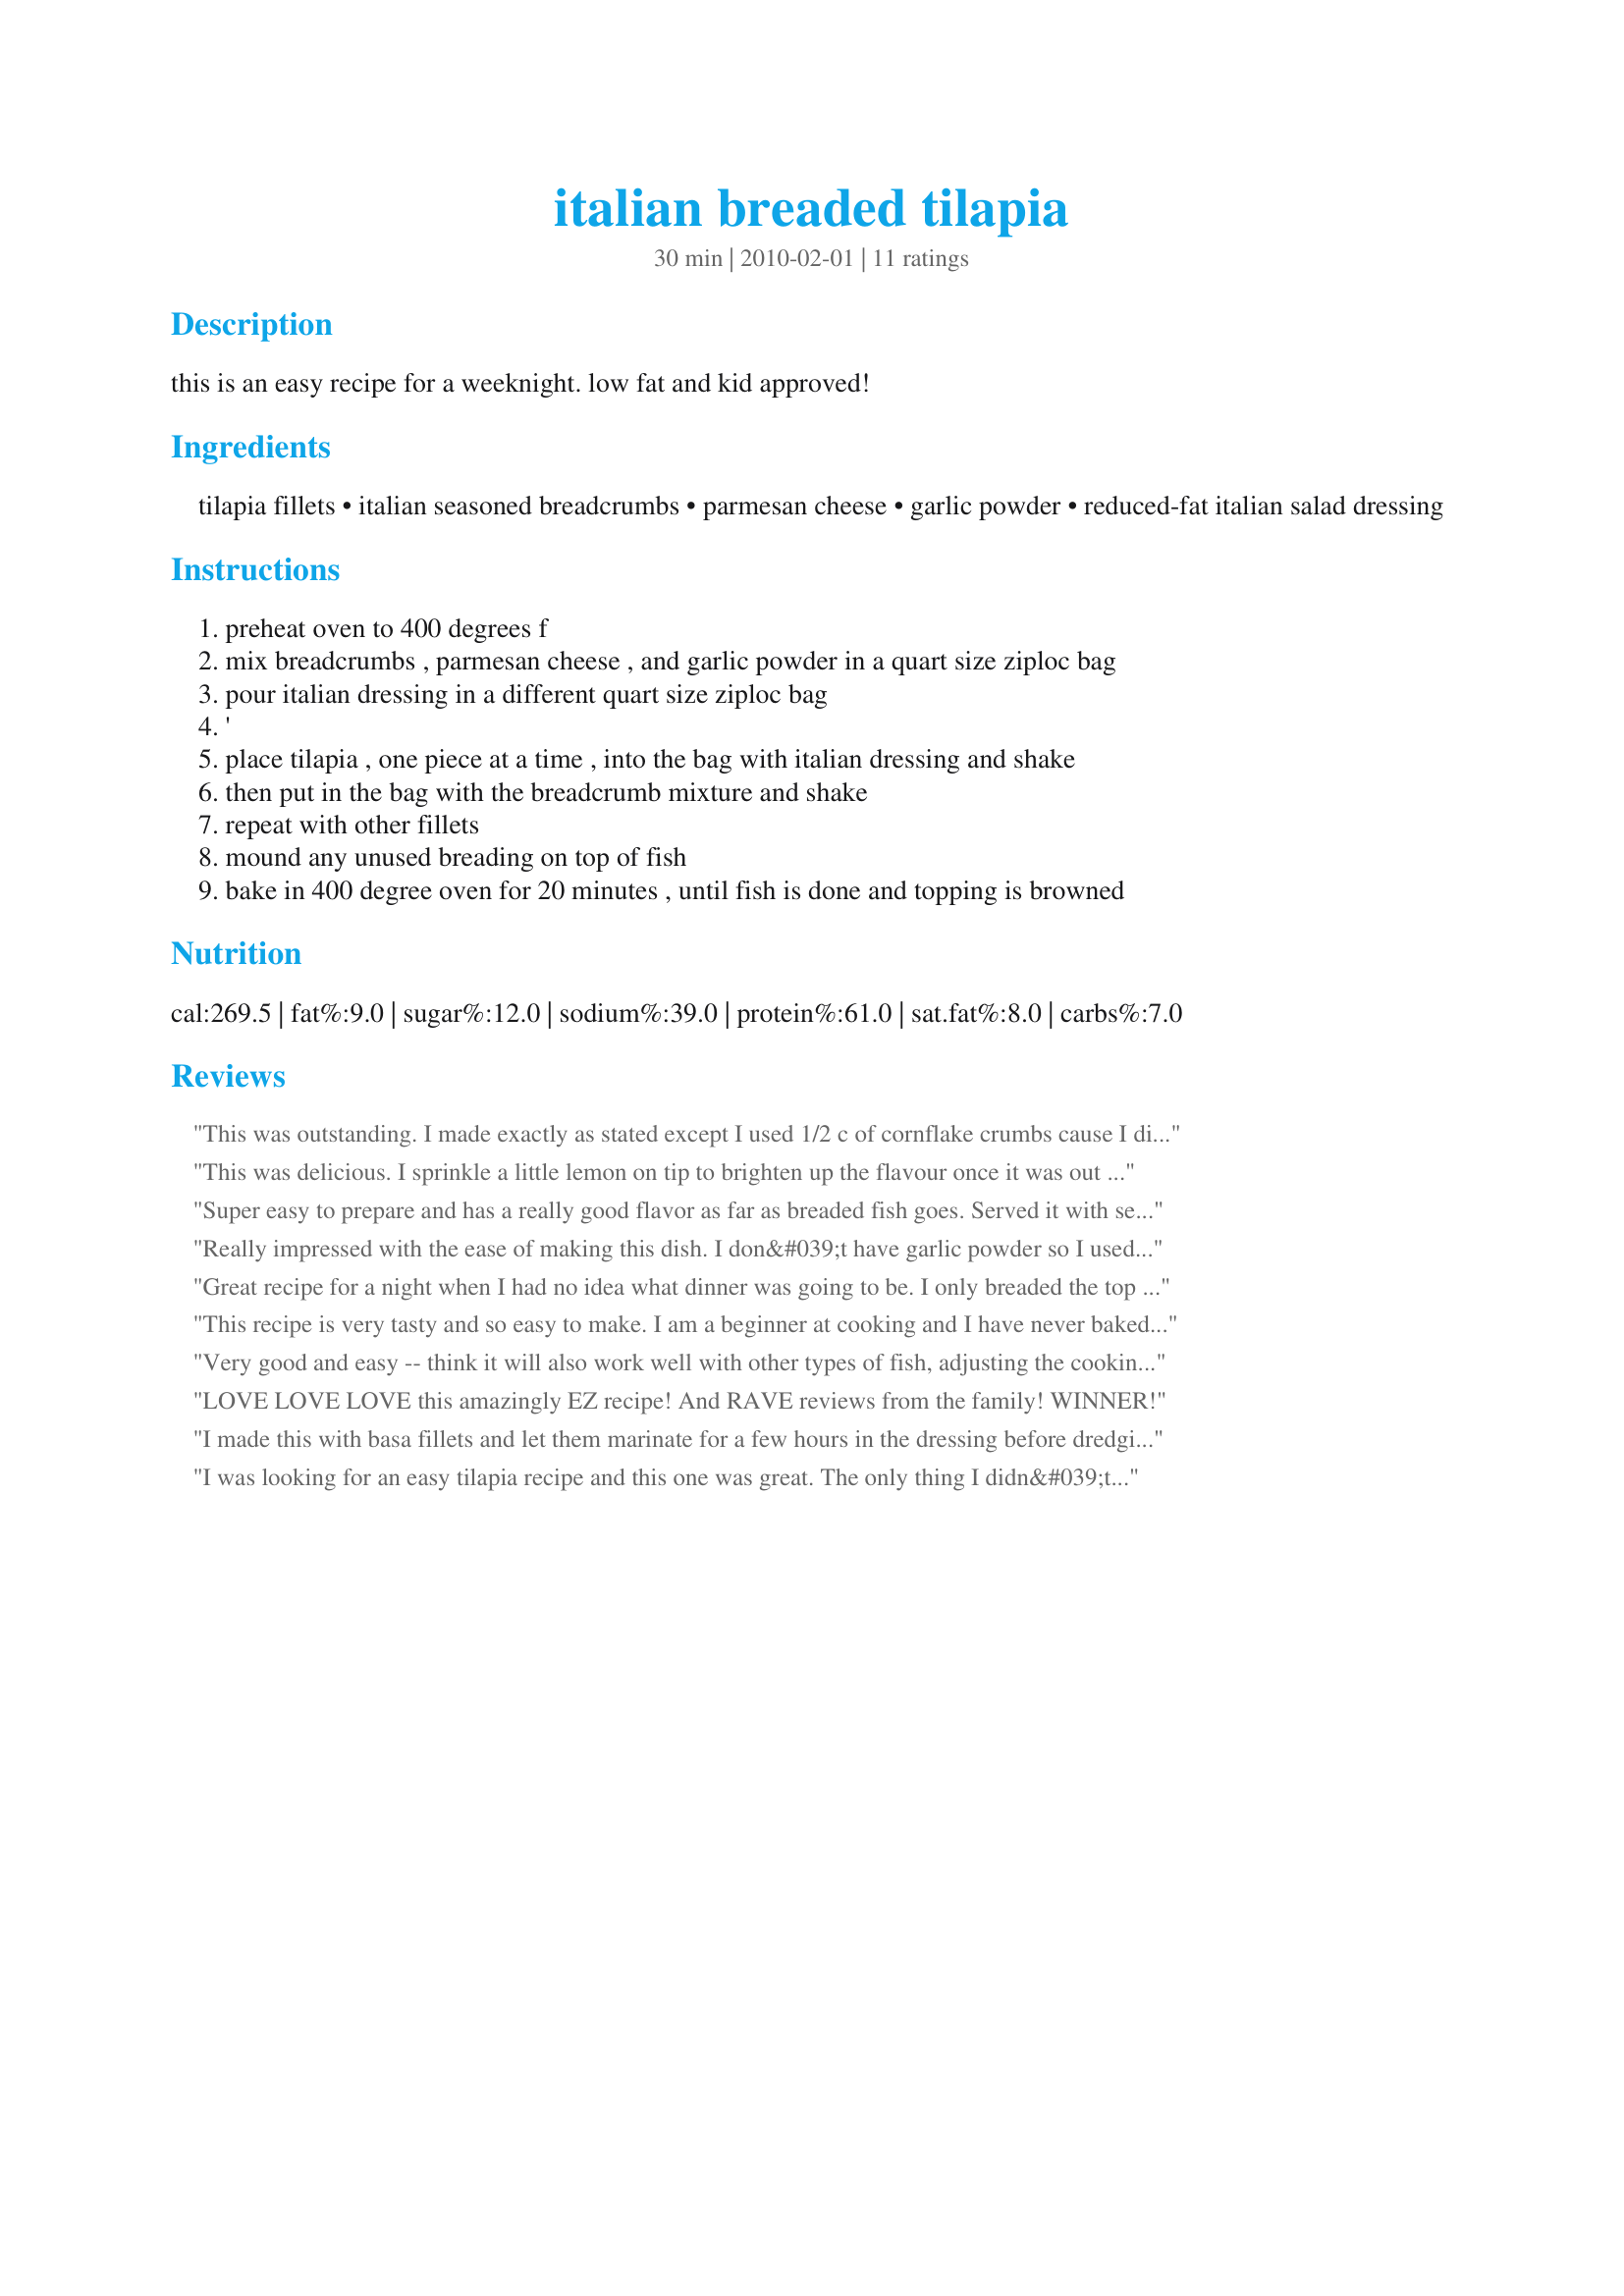
italian breaded tilapia
Preparation time: 30 minutes

this is an easy recipe for a weeknight. low fat and kid approved!

Ingredients:
tilapia fillets, italian seasoned breadcrumbs, parmesan cheese, garlic powder, reduced-fat italian salad dressing

Steps:
preheat oven to 400 degrees f
mix breadcrumbs , parmesan cheese , and garlic powder in a quart size ziploc bag
pour italian dressing in a different quart size ziploc bag
'
place tilapia , one piece at a time , into the bag with italian dressing and shake
then put in the bag with the breadcrumb mixture and shake
repeat with other fillets
mound any unused breading on top of fish
bake in 400 degree oven for 20 minutes , until fish is done and topping is browned

Reviews:
This was outstanding. I made exactly as stated except I used 1/2 c of cornflake crumbs cause I didn't have quite enough italian crumbs to make it. Great dish and the time was perfect. Served with rice and steamed vegetables.
This was delicious. I sprinkle a little lemon on tip to brighten up the flavour once it was out of the oven. The coating on the underside was a little soggy for my tastes.
Super easy to prepare and has a really good flavor as far as breaded fish goes. Served it with sesasoned Quinoa and garlic zuchinni and yellow squash. Fed a crowd of 6 picky eaters and they said it was the best fish they'd ever had. No leftovers for a change.
Really impressed with the ease of making this dish. I don&#039;t have garlic powder so I used onion powder and was still very tasty. I plan on retrying again during the dreadful snow we are expecting.
Great recipe for a night when I had no idea what dinner was going to be. I only breaded the top of the fish after reading one of the comments below. This made the breading stretch to 9-10 fillets which is what it takes for my group. Just make sure and spray your dish with cooking spray - tilapia sticks! I also cooked the fish at 500 which speeds the cooking time up to 10-12 min. Hubby and kids all loved it. Thanks!
This recipe is very tasty and so easy to make. I am a beginner at cooking and I have never baked tilapia before. So, this recipe was simple and quick and it came out great!
Very good and easy -- think it will also work well with other types of fish, adjusting the cooking time as needed. Thanks for sharing!
LOVE LOVE LOVE this amazingly EZ recipe! And RAVE reviews from the family! WINNER!
I made this with basa fillets and let them marinate for a few hours in the dressing before dredging them in the breadcrumb mixture. The result yielded delicious results with minimum effort. A great make ahead meal too. Thank you!
I was looking for an easy tilapia recipe and this one was great. The only thing I didn&#039;t use was the Italian dressing because I didn&#039;t have any. Great and easy though!
Delicious! Kid-Approved! Thanks for the recipe!
